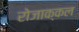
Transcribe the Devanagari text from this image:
रोजाक्कल